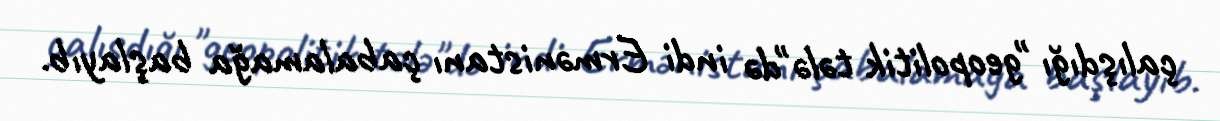
çalışdığı "geopolitik tələ"də indi Ermənistanı çabalamağa başlayıb.